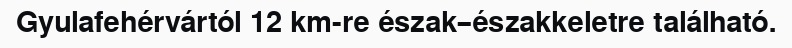
Gyulafehérvártól 12 km-re észak–északkeletre található.